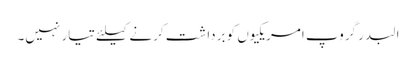
البدر گروپ امریکیوں کو برداشت کرنے کیلئے تیار نہیں۔